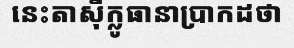
នេះតាស៊ីក្លូធានាប្រាកដថា